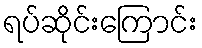
ရပ်ဆိုင်းကြောင်း